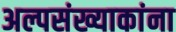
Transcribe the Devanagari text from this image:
अल्पसंख्याकांना